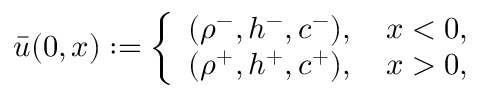
\bar { u } ( 0 , x ) : = \left\{ \begin{array} { l l } { ( \rho ^ { - } , h ^ { - } , c ^ { - } ) , \quad x < 0 , } \\ { ( \rho ^ { + } , h ^ { + } , c ^ { + } ) , \quad x > 0 , } \end{array} \right.